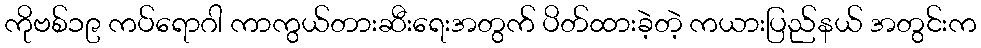
ကိုဗစ်၁၉ ကပ်ရောဂါ ကာကွယ်တားဆီးရေးအတွက် ပိတ်ထားခဲ့တဲ့ ကယားပြည်နယ် အတွင်းက